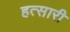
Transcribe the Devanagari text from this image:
हत्सारी